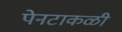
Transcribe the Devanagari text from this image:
पेनटाकळी